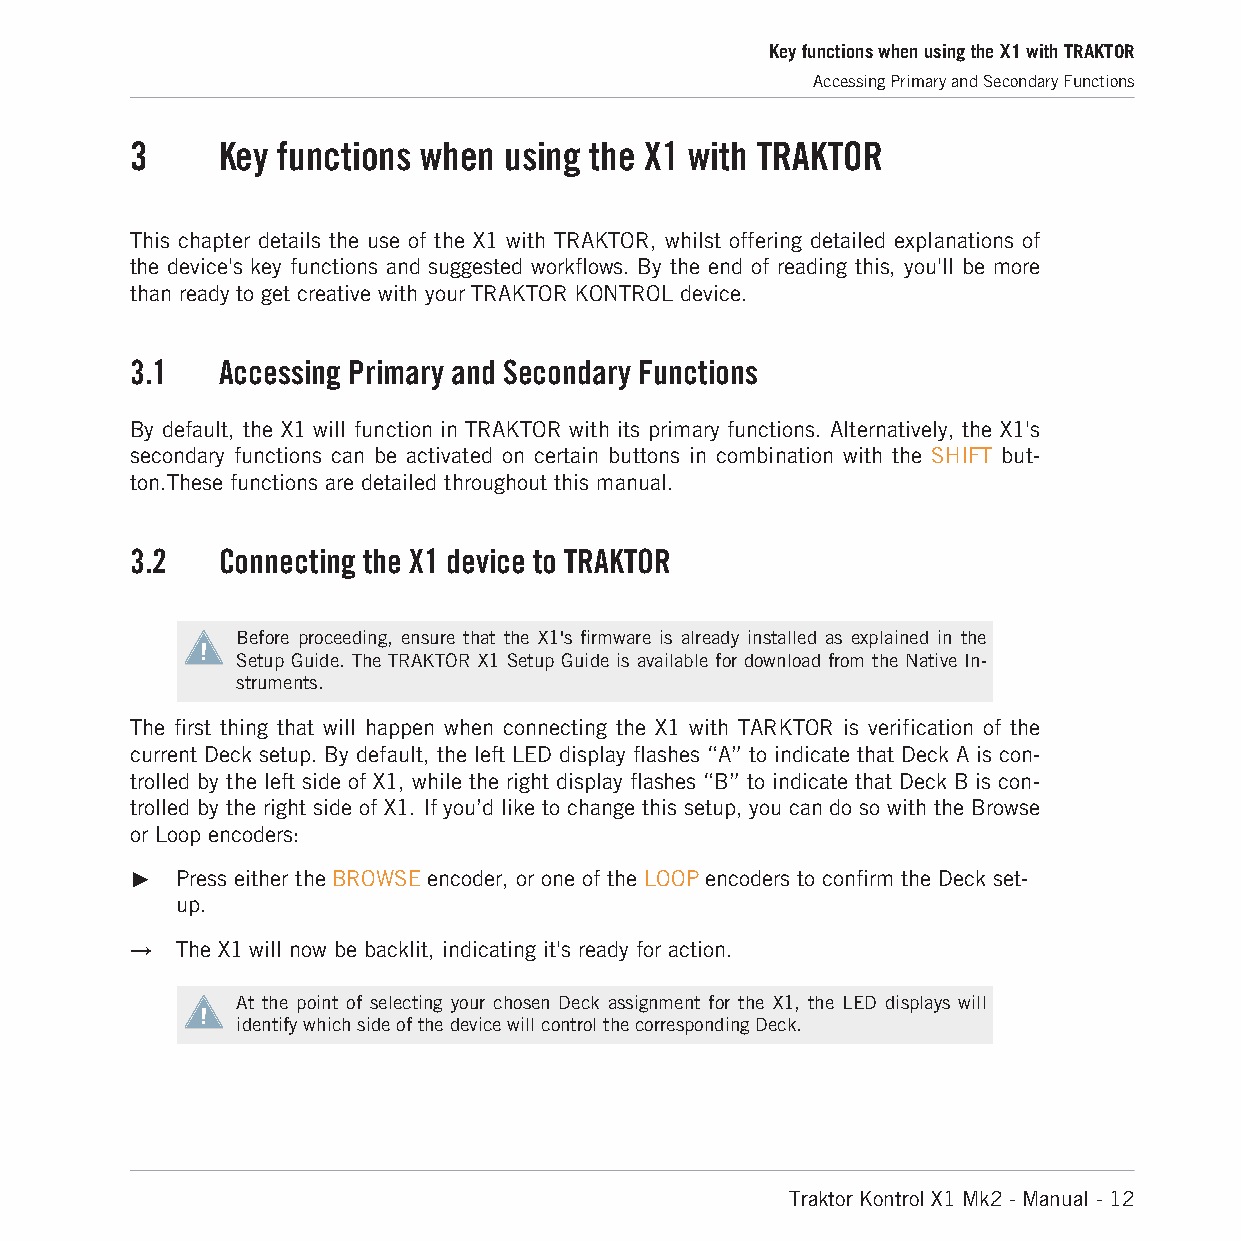
Key functions when using the X1 with TRAKTOR
 Accessing Primary and Secondary Functions
 3    Key functions when using the X1 with TRAKTOR
 This chapter details the use of the X1 with TRAKTOR, whilst offering detailed explanations of
 the device's key functions and suggested workflows. By the end of reading this, you'll be more
 than ready to get creative with your TRAKTOR KONTROL device.
 3.1  Accessing Primary and Secondary Functions
 By default, the X1 will function in TRAKTOR with its primary functions. Alternatively, the X1's
 secondary functions can be activated on certain buttons in combination with the SHIFT but-
 ton.These functions are detailed throughout this manual.
 3.2  Connecting the X1 device to TRAKTOR
 Before proceeding, ensure that the X1's firmware is already installed as explained in the
 Setup Guide. The TRAKTOR X1 Setup Guide is available for download from the Native In-
 struments.
 The first thing that will happen when connecting the X1 with TARKTOR is verification of the
 current Deck setup. By default, the left LED display flashes “A” to indicate that Deck A is con-
 trolled by the left side of X1, while the right display flashes “B” to indicate that Deck B is con-
 trolled by the right side of X1. If you’d like to change this setup, you can do so with the Browse
 or Loop encoders:
 ►  Press either the BROWSE encoder, or one of the LOOP encoders to confirm the Deck set-
 up.
 →  The X1 will now be backlit, indicating it's ready for action.
 At the point of selecting your chosen Deck assignment for the X1, the LED displays will
 identify which side of the device will control the corresponding Deck.
 Traktor Kontrol X1 Mk2 - Manual - 12